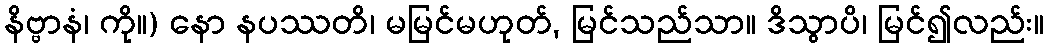
နိဗ္ဗာနံ၊ ကို။) နော နပဿတိ၊ မမြင်မဟုတ်, မြင်သည်သာ။ ဒိသွာပိ၊ မြင်၍လည်း။